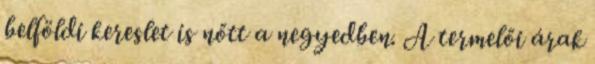
belföldi kereslet is nőtt a negyedben. A termelői árak